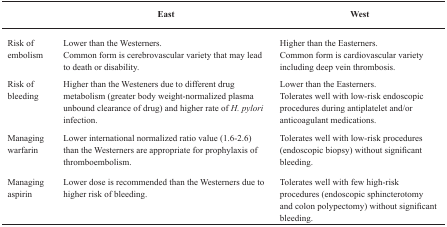
<table><thead><tr><td></td><td><b>East</b></td><td><b>West</b></td></tr></thead><tbody><tr><td>Risk of embolism</td><td>Lower than the Westerners.Common form is cerebrovascular variety that may lead to death or disability.</td><td>Higher than the Easterners.Common form is cardiovascular variety including deep vein thrombosis.</td></tr><tr><td>Risk of bleeding</td><td>Higher than the Westeners due to different drug metabolism (greater body weight-normalized plasma unbound clearance of drug) and higher rate of <i>H. pylori</i> infection.</td><td>Lower than the Easterners.Tolerates well with low-risk endoscopic procedures during antiplatelet and/or anticoagulant medications.</td></tr><tr><td>Managing warfarin</td><td>Lower international normalized ratio value (1.6-2.6) than the Westerners are appropriate for prophylaxis of thromboembolism.</td><td>Tolerates well with low-risk procedures (endoscopic biopsy) without significant bleeding.</td></tr><tr><td>Managing aspirin</td><td>Lower dose is recommended than the Westerners due to higher risk of bleeding.</td><td>Tolerates well with few high-risk procedures (endoscopic sphincterotomy and colon polypectomy) without significant bleeding.</td></tr></tbody></table>